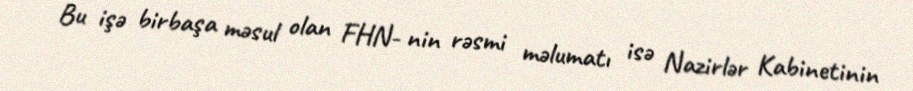
Bu işə birbaşa məsul olan FHN- nin rəsmi məlumatı isə Nazirlər Kabinetinin